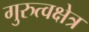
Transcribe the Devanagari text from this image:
गुरुत्वक्षेत्र